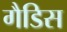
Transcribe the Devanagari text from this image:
गैडिस